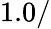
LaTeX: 1.0/